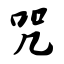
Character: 咒